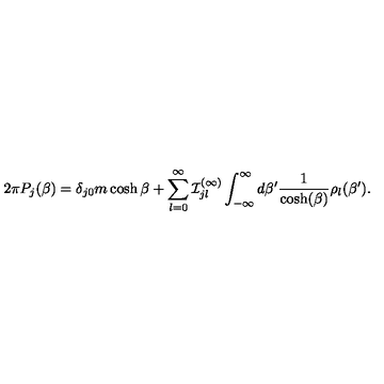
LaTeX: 2 \pi { P } _ { j } ( \beta ) = \delta _ { j 0 } m \cosh \beta + \sum _ { l = 0 } ^ { \infty } { \cal I } _ { j l } ^ { ( \infty ) } \int _ { - \infty } ^ { \infty } d \beta ^ { \prime } \frac { 1 } { \cosh ( \beta ) } \rho _ { l } ( \beta ^ { \prime } ) .